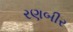
રણબીર